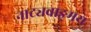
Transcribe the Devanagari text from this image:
नाट्यवाङ्‌मय